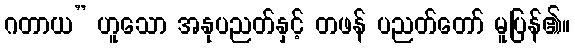
ဂတာယ” ဟူသော အနုပညတ်နှင့် တဖန် ပညတ်တော် မူပြန်၏။